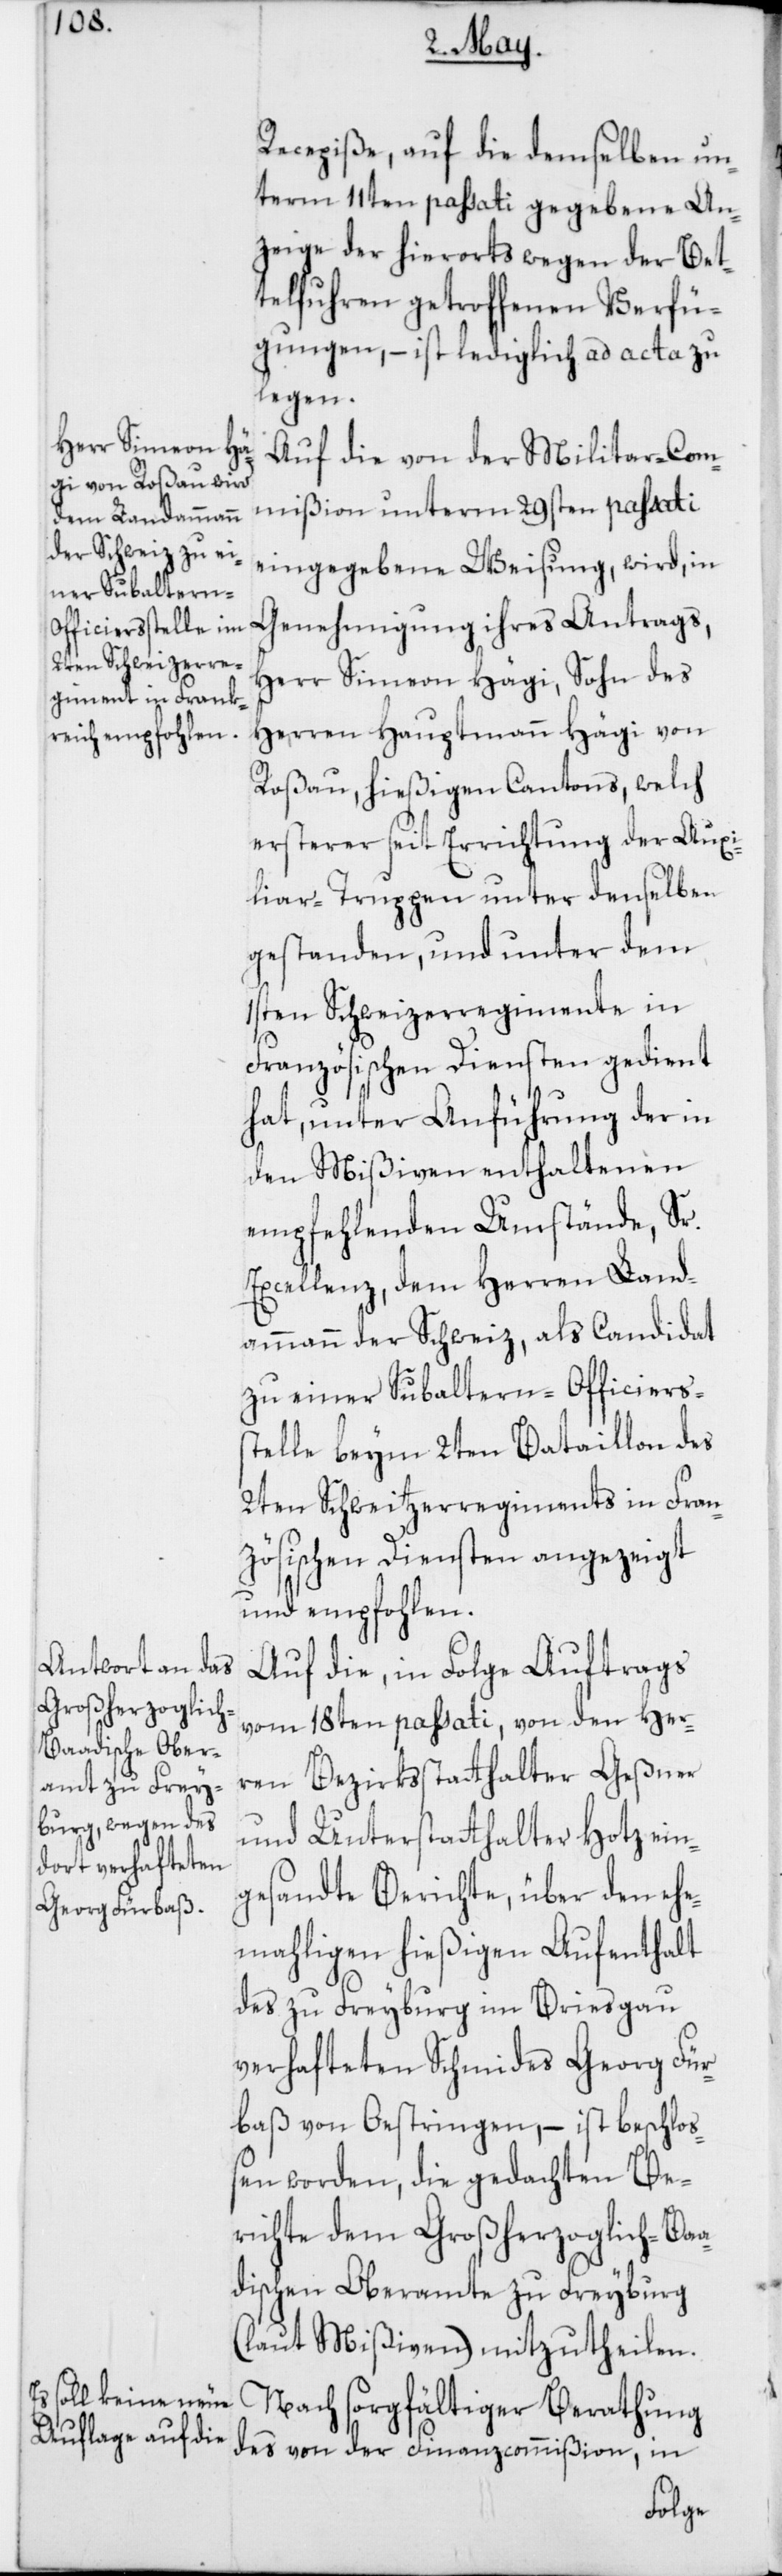
Recepiße, auf die demselben un¬
term 11ten passati gegebene An¬
zeige der hierorts wegen der Bet¬
telfuhren getroffenen Verfü¬
gungen, – ist lediglich ad acta zu
legen.
Auf die von der Militar-Com¬
mißion unterm 29sten passati
eingegebene Weisung, wird, in
Genehmigung ihres Antrags,
Herr Simeon Hägi, Sohn des
Herren Hauptmann Hägi von
Roßau, hießigen Cantons, welch
ersterer seit Errichtung der Auxi¬
liar-Truppen unter denselben
gestanden, und unter dem
1sten Schweizerregiment in
Französischen Diensten gedient
hat, unter Anführung der in
den Mißiven enthaltenen
empfehlenden Umstände, Sr.
Excellenz, dem Herren Land¬
ammann der Schweiz, als Candidat
zu einer Subaltern-Officierss¬
telle beym 2ten Bataillon des
2ten Schweitzerregiments in Fran¬
zösischen Diensten angezeigt
und empfohlen.
Auf die, in Folge Auftrags
vom 18ten passati von den Her¬
ren Bezirksstatthalter Geßner
und Unterstatthalter Hotz ein¬
gesandte Berichte, über den ehe¬
mahligen hießigen Aufenthalt
des zu Freyburg im Briesgau
verhafteten Schmides Georg Für¬
baß von Oestringen, – ist beschloß¬
en worden, die gedachten Be¬
richte dem Großherzoglich-Baa¬
dischen Oberamte zu Freyburg
(laut Mißiven) mitzutheilen.
Nach sorgfältiger Berathung
des von der Finanzcommißion, in